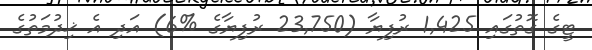
ޓީގެ ގޮތުގައި 1